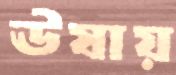
ঊষায়